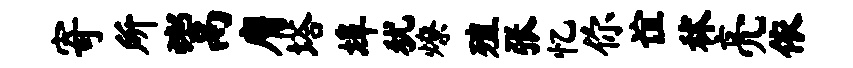
寄所鬻膺塔埠犹燎殖张忆你谊秫亮依